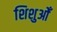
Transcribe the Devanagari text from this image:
शिशुओँ